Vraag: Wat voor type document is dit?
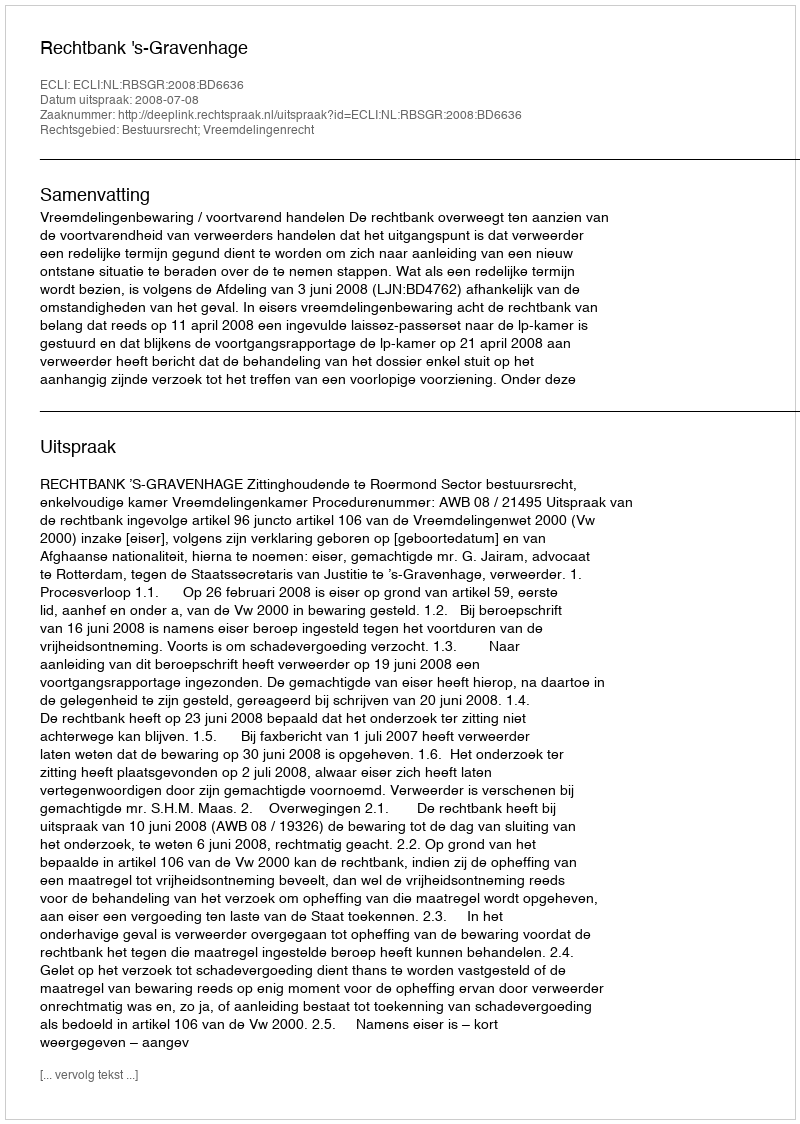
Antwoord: Uitspraak